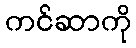
ကင်ဆာကို